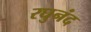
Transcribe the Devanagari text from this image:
रघुनंद